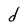
Character: d